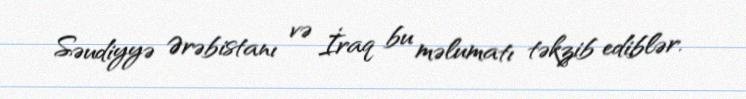
Səudiyyə Ərəbistanı və İraq bu məlumatı təkzib ediblər.